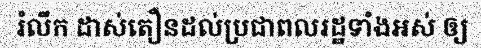
រំលឹក ដាស់តឿនដល់ប្រជាពលរដ្ឋទាំងអស់ ឲ្យ